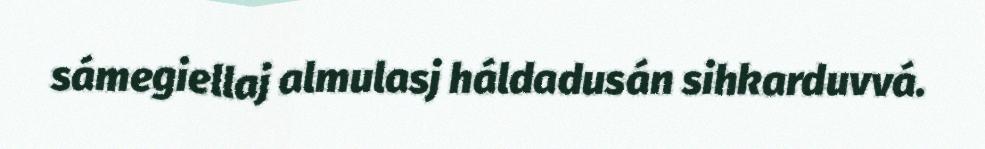
sámegiellaj almulasj háldadusán sihkarduvvá.